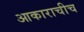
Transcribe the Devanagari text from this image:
आकाराचीच